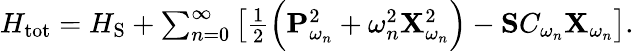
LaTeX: \begin{array}{r}{H_{\mathrm{tot}}=H_{\mathrm{S}}+\sum_{n=0}^{\infty}\left[\frac{1}{2}\Big(\mathbf{P}_{\omega_{n}}^{2}+\omega_{n}^{2}\mathbf{X}_{\omega_{n}}^{2}\Big)-\mathbf{S}C_{\omega_{n}}\mathbf{X}_{\omega_{n}}\right].}\end{array}